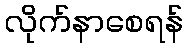
လိုက်နာစေရန်